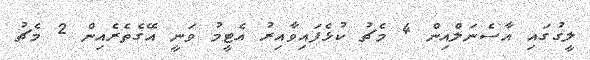
ލީގުގައި އާސެނަލްއިން 4 މެޗު ކުޅެފައިވާއިރު އެޓީމު ވަނީ އޭގެތެރެއިން 2 މެޗު